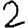
Digit: 2